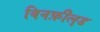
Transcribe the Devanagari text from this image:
विनफ़ील्‌ड